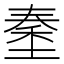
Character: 𡏑